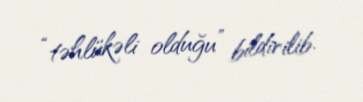
“təhlükəli olduğu” bildirilib.